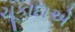
ચૂકાદાએ